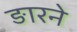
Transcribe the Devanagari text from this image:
ङारने